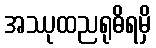
အဿုထညရုဓိရမှိ